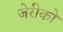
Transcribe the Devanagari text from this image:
जेरीको